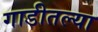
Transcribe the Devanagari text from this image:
गाडीतल्या